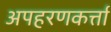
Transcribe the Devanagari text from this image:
अपहरणकर्त्ता